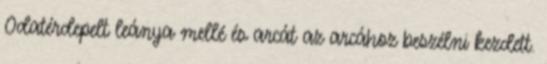
Odatérdepelt leánya mellé és arcát az arcához beszélni kezdett.